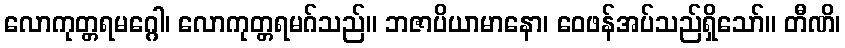
လောကုတ္တရမဂ္ဂေါ၊ လောကုတ္တရမဂ်သည်။ ဘဇာပိယာမာနော၊ ဝေဖန်အပ်သည်ရှိသော်။ တီဏိ၊